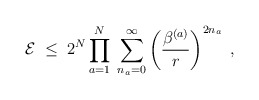
\begin{align*}{\cal E} \; \leq \;2^N \prod_{a=1}^N \; \sum_{n_a=0}^\infty \left(\frac{\beta^{(a)}}{r} \right)^{2 n_a}\; ,\end{align*}